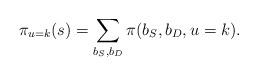
LaTeX: \begin{align*}\pi_{u=k}(s) = \sum_{b_{S},b_{D}}\pi(b_{S}, b_{D}, u=k).\end{align*}